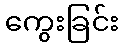
ကွေးခြင်း